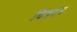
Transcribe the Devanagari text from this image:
चित्रदन